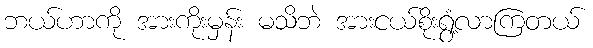
ဘယ်ဟာကို အားကိုးမှန်း မသိဘဲ အားငယ်စိုးရွံ့လာကြတယ်